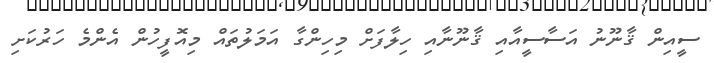
ސީއިން ޤާނޫނު އަސާސީއާއި ޤާނޫނާއި ހިލާފަށް މިހިންގާ އަމަލުތައް މިއޮފީހުން އެންމެ ހަރުކަށި